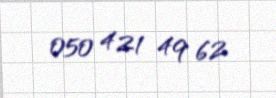
050 421 49 62